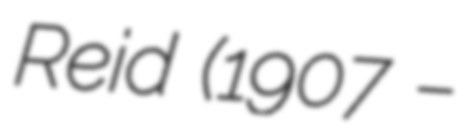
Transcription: Reid (1907 –